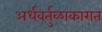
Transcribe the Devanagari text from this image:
अर्धवर्तुळाकारात